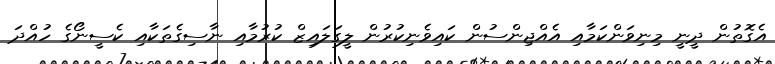
އެގޮތުން ދީނީ މިނިވަންކަމާއި އެއްޖިންސުން ކައިވެނިކުރުން ލީގަލައިޒް ކުރުމާއި ނާސިގެތަކާއި ކެސީނޯގެ ހުއްދަ